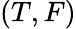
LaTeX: (T,F)